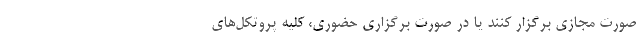
صورت مجازی برگزار کنند یا در صورت برگزاری حضوری، کلیه پروتکل‌های